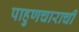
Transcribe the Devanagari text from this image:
पाहुणचाराची